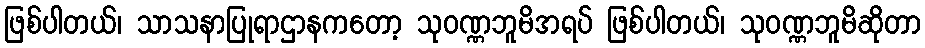
ဖြစ်ပါတယ်၊ သာသနာပြုရာဌာနကတော့ သုဝဏ္ဏဘူမိအရပ် ဖြစ်ပါတယ်၊ သုဝဏ္ဏဘူမိဆိုတာ